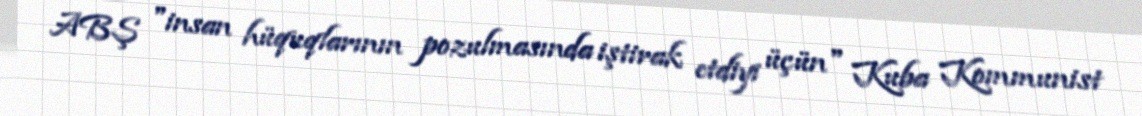
ABŞ "insan hüquqlarının pozulmasında iştirak etdiyi üçün" Kuba Kommunist